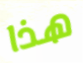
هذا